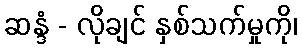
ဆန္ဒံ - လိုချင် နှစ်သက်မှုကို၊